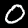
Digit: 0